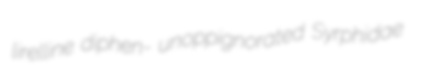
lirelline diphen- unoppignorated Syrphidae